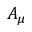
A _ { \mu }